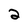
Character: 2